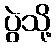
ပွဲသို့